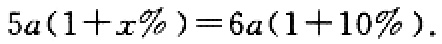
\(5a(1 + x\%) = 6a(1 + 10\%)\)